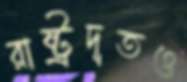
রাষ্ট্রদূতও